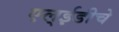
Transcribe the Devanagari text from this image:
एल्‌ईडीचे